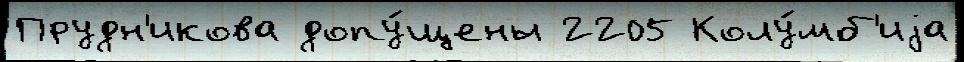
Прудн'икова допу́щены 2205 Колу́мб'иjа